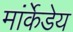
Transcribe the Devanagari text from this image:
मांर्केडेय